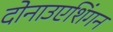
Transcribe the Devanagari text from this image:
दोनाउएशिंगन